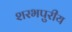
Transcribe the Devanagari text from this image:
शरभपुरीय